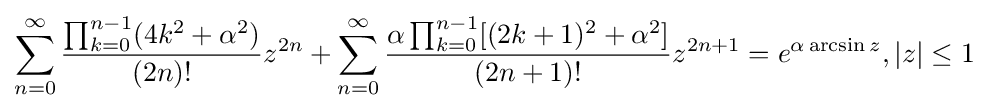
\sum _{n=0}^{\infty }{\frac {\prod _{k=0}^{n-1}(4k^{2}+\alpha ^{2})}{(2n)!}}z^{2n}+\sum _{n=0}^{\infty }{\frac {\alpha \prod _{k=0}^{n-1}[(2k+1)^{2}+\alpha ^{2}]}{(2n+1)!}}z^{2n+1}=e^{\alpha \arcsin {z}},|z|\leq 1